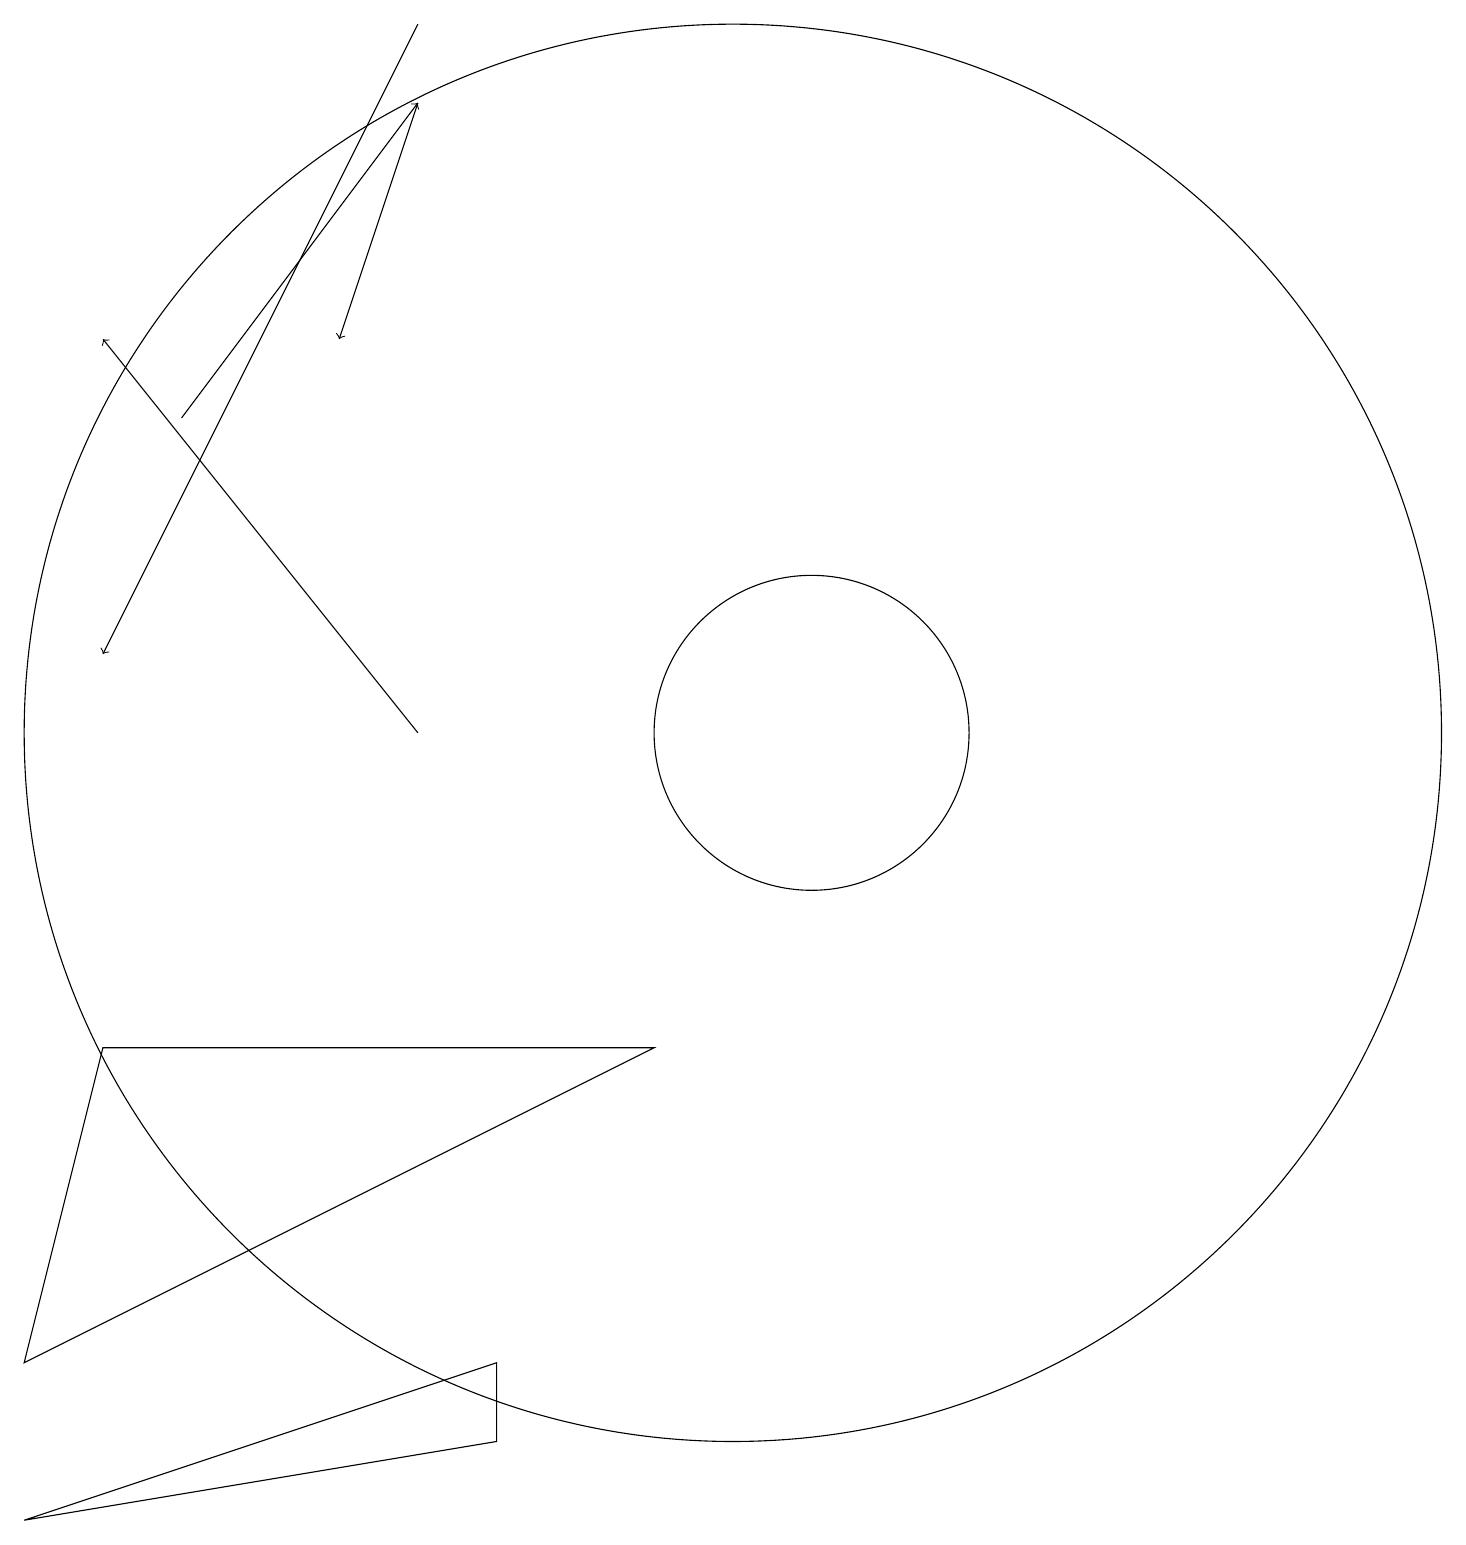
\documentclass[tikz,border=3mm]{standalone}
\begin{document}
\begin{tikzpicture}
\draw[->] (3,14) -- (6,18);
\draw[->] (6,18) -- (5,15);
\draw (11,10) circle (2);
\draw[->] (6,19) -- (2,11);
\draw[->] (6,10) -- (2,15);
\draw (10,10) circle (9);
\draw (1,2) -- (9,6) -- (2,6) -- cycle;
\draw (7,2) -- (1,0) -- (7,1) -- cycle;
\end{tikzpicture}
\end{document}